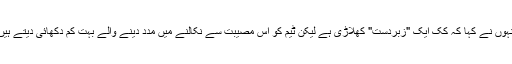
انہوں نے کہا کہ کک ایک "زبردست" کھلاڑی ہے لیکن ٹیم کو اس مصیبت سے نکالنے میں مدد دینے والے بہت کم دکھائی دیتے ہیں۔